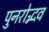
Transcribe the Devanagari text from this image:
पुनरोद्भव